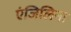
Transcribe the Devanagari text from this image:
एंजिलिना